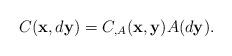
LaTeX: \begin{align*}C(\mathbf{x},d\mathbf{y}) = C_{,A}(\mathbf{x},\mathbf{y})A(d\mathbf{y}).\end{align*}